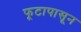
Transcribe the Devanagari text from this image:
फूटापासून